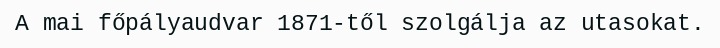
A mai főpályaudvar 1871-től szolgálja az utasokat.